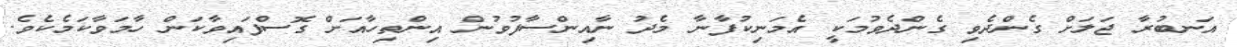
އަނބުރާ ޖަލަށް ގެންދެވި ގެންދެވުމަކީ އެމަނިކުފާނާ މެދު ނާއިންސާފުވުން އިންތިހާއަށް ގޮސްފައިވާކަން ހާމަވާކަމެކެވެ.